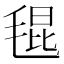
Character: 𣮎